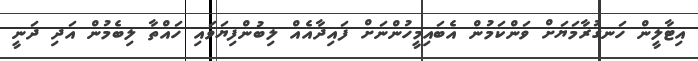
އިޓާލީން ހަނގުރާމަޔަށް ވަންކަމުން އެބައިމީހުންނަށް ފައިދާއެއް ލިބުންފިޔަވައި ހައްތާ ލިބެމުން އަދި ދަނީ